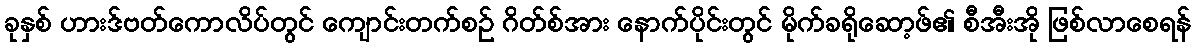
ခုနှစ် ဟားဒ်ဗတ်ကောလိပ်တွင် ကျောင်းတက်စဉ် ဂိတ်စ်အား နောက်ပိုင်းတွင် မိုက်ခရိုဆော့ဖ်၏ စီအီးအို ဖြစ်လာစေရန်